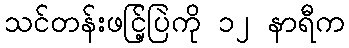
သင်တန်းဖငြ့်ပြဲကို ၁၂ နာရီက